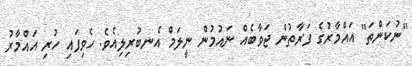
"ނުކަންތަ" އައްމާރުގެ ފަރާތުން ޖަވާބެއް ނައުމުން ނީލަމް އެނބުރިލިއެވެ. ހެވިފައި ހުރި އައްމާރު